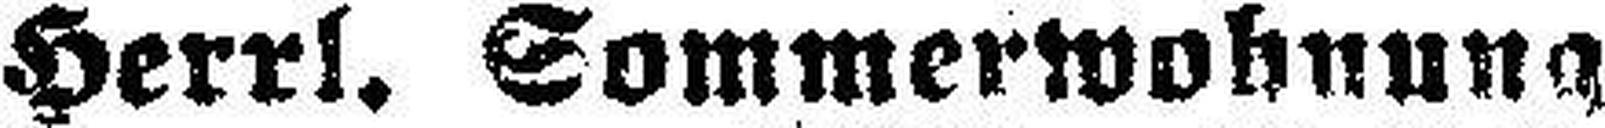
Herrl. Sommerwohnung